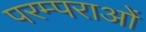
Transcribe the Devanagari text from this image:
परम्‍पराओं